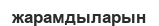
жарамдыларын